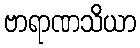
ဗာရာဏသိယာ